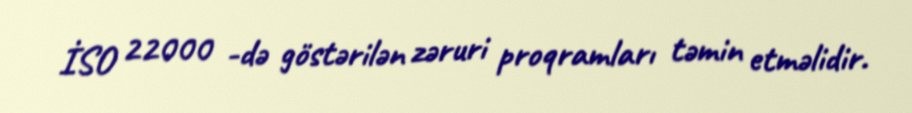
İSO 22000 -də göstərilən zəruri proqramları təmin etməlidir.